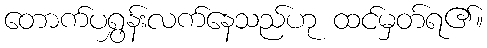
တောက်ပရွှန်းလက်နေသည်ဟု ထင်မှတ်ရ၏။